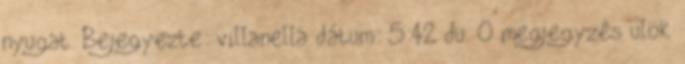
nyugat. Bejegyezte: villanella dátum: 5:42 du. 0 megjegyzés ülök